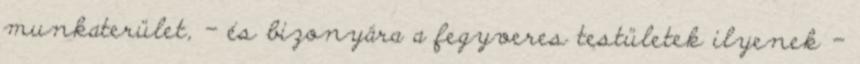
munkaterület, - és bizonyára a fegyveres testületek ilyenek -